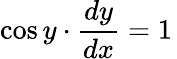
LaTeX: \cos y\cdot{\frac{dy}{dx}}=1\,